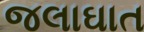
જલાઘાત